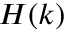
H ( k )